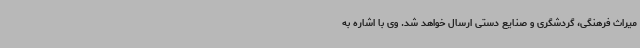
میراث فرهنگی، گردشگری و صنایع دستی ارسال خواهد شد. وی با اشاره به